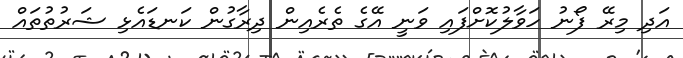
އަދި މިރޭ ފޯނު ހަވާލުކޮށްފައި ވަނީ އޭގެ ތެރެއިން ދިރާގުން ކަނޑައެޅި ޝަރުތުތައް